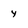
Character: 4